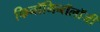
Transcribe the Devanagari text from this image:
फिनॉमिनॉलॉजी